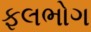
ફલભોગ